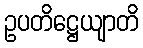
ဥပတိဋ္ဌေယျာတိ